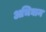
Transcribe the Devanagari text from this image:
अभिघान